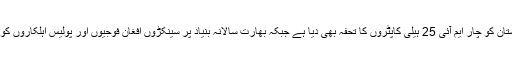
حال ہی میں بھارت نے افغانستان کو چار ایم آئی 25 ہیلی کاپٹروں کا تحفہ بھی دیا ہے جبکہ بھارت سالانہ بنیاد پر سینکڑوں افغان فوجیوں اور پولیس اہلکاروں کو تربیت بھی فراہم کر رہا ہے۔